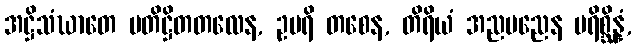
အဋ္ဌိသံဃာတေ ပတိဋ္ဌိတတလေန, ဥပရိ တစေန, တိရိယံ အညမညေန ပရိစ္ဆိန္နံ,